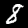
Label: 8